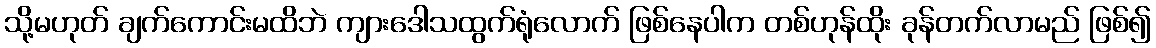
သို့မဟုတ် ချက်ကောင်းမထိဘဲ ကျားဒေါသထွက်ရုံလောက် ဖြစ်နေပါက တစ်ဟုန်ထိုး ခုန်တက်လာမည် ဖြစ်၍